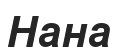
Нана